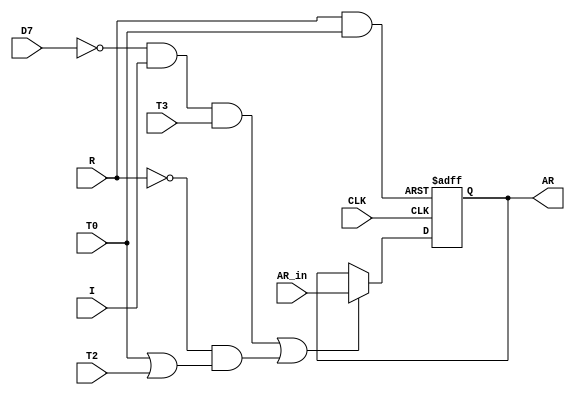
`timescale 1ns / 1ps
//////////////////////////////////////////////////////////////////////////////////
// Company: 
// Engineer: 
// 
// Design Name: 
// Module Name: AR
// Project Name: 
// Target Devices: 
// Tool Versions: 
// Description: 
// 
// Dependencies: 
// 
// Revision:
// Revision 0.01 - File Created
// Additional Comments:
// 
//////////////////////////////////////////////////////////////////////////////////


module AR(
input D7  ,
input I   ,
input R   , 
input T0  ,
input T2  ,
input T3  ,
input CLK ,
input [3:0] AR_in ,
output reg [3:0] AR   );

wire E  ;
wire MR ;

assign E = (~D7&I&T3)|(~R&(T0|T2));
assign MR = R&T0 ;

initial begin
AR = 4'h0 ;
end

always @(posedge CLK or posedge MR)
begin
 if (MR == 1)      // Clear Data
     begin
AR <= 4'h0 ;
     end  
 else if (E == 1)
     begin
AR <= AR_in ;      // Load Data
     end
  else
     begin
AR <= AR ;         // HOLD Data
     end              
end

endmodule